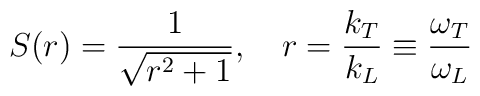
S(r) = \frac{1}{ \sqrt{ r^2 + 1}}, ~~~r=\frac{k_{T}}{k_{L}} \equiv\frac{\omega_{T}}{\omega_{L}}